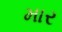
માર